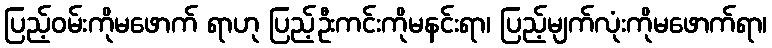
ပြည့်ဝမ်းကိုမဖောက် ရာဟု ပြည့်ဦးကင်းကိုမနင်းရာ၊ ပြည့်မျက်လုံးကိုမဖောက်ရာ၊